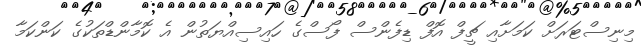
މިނިސްޓަރަށް ކަމަށާއި ޗީފް އޮފް ޑިފެންސް ފޯސްގެ ހައިސިއްޔަތުން އެ ކޮމާންޑްތަކުގެ ކަންކަމާ